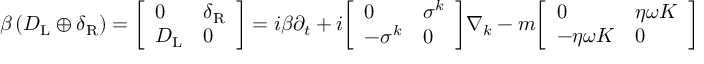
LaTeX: \beta \left( D _ { \mathrm { { L } } } \oplus \delta _ { \mathrm { { R } } } \right) = { \left[ \begin{array} { l l } { 0 } & { \delta _ { \mathrm { { R } } } } \\ { D _ { \mathrm { { L } } } } & { 0 } \end{array} \right] } = i \beta \partial _ { t } + i { \left[ \begin{array} { l l } { 0 } & { \sigma ^ { k } } \\ { - \sigma ^ { k } } & { 0 } \end{array} \right] } \nabla _ { k } - m { \left[ \begin{array} { l l } { 0 } & { \eta \omega K } \\ { - \eta \omega K } & { 0 } \end{array} \right] }